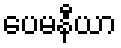
ပေမနီယာ